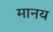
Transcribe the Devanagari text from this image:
मानय